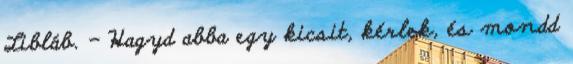
Libláb. - Hagyd abba egy kicsit, kérlek, és mondd